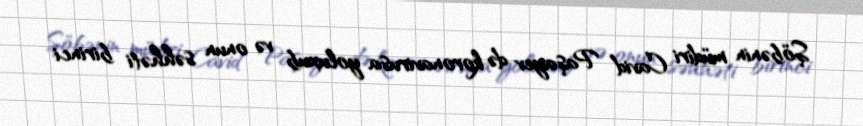
Şöbənin müdiri Cavid Paşayev də koronavirusa yoluxub və onun səhhəti birinci